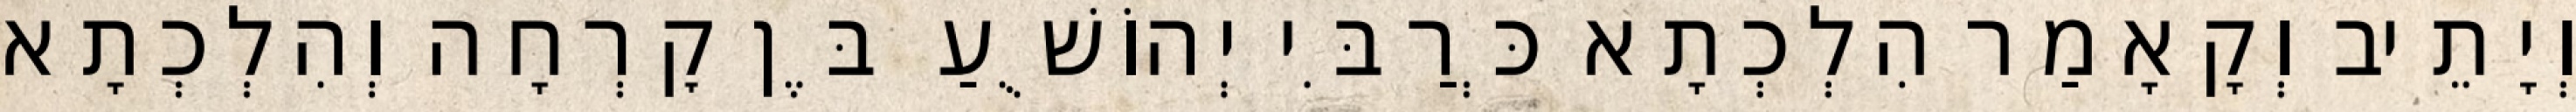
וְיָתֵיב וְקָאָמַר הִלְכְתָא כְּרַבִּי יְהוֹשֻׁעַ בֶּן קׇרְחָה וְהִלְכְתָא